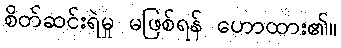
စိတ်ဆင်းရဲမှု မဖြစ်ရန် ဟောထား၏။